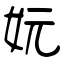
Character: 妧